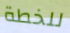
للخطة